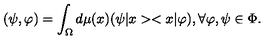
( \psi , \varphi ) = \int _ { \Omega } d \mu ( x ) ( \psi | x > < x | \varphi ) , \forall \varphi , \psi \in \Phi .